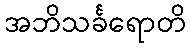
အဘိသင်္ခရောတိ